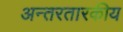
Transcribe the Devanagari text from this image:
अन्तरतारकीय